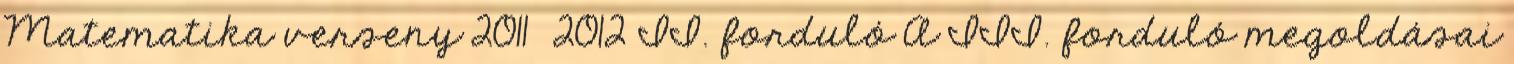
Matematika verseny 2011 2012 II. forduló A III. forduló megoldásai